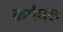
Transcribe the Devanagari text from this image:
कर्ममल